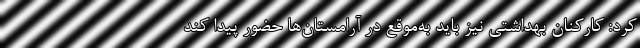
کرد: کارکنان بهداشتی نیز باید به‌موقع در آرامستان‌ها حضور پیدا کند